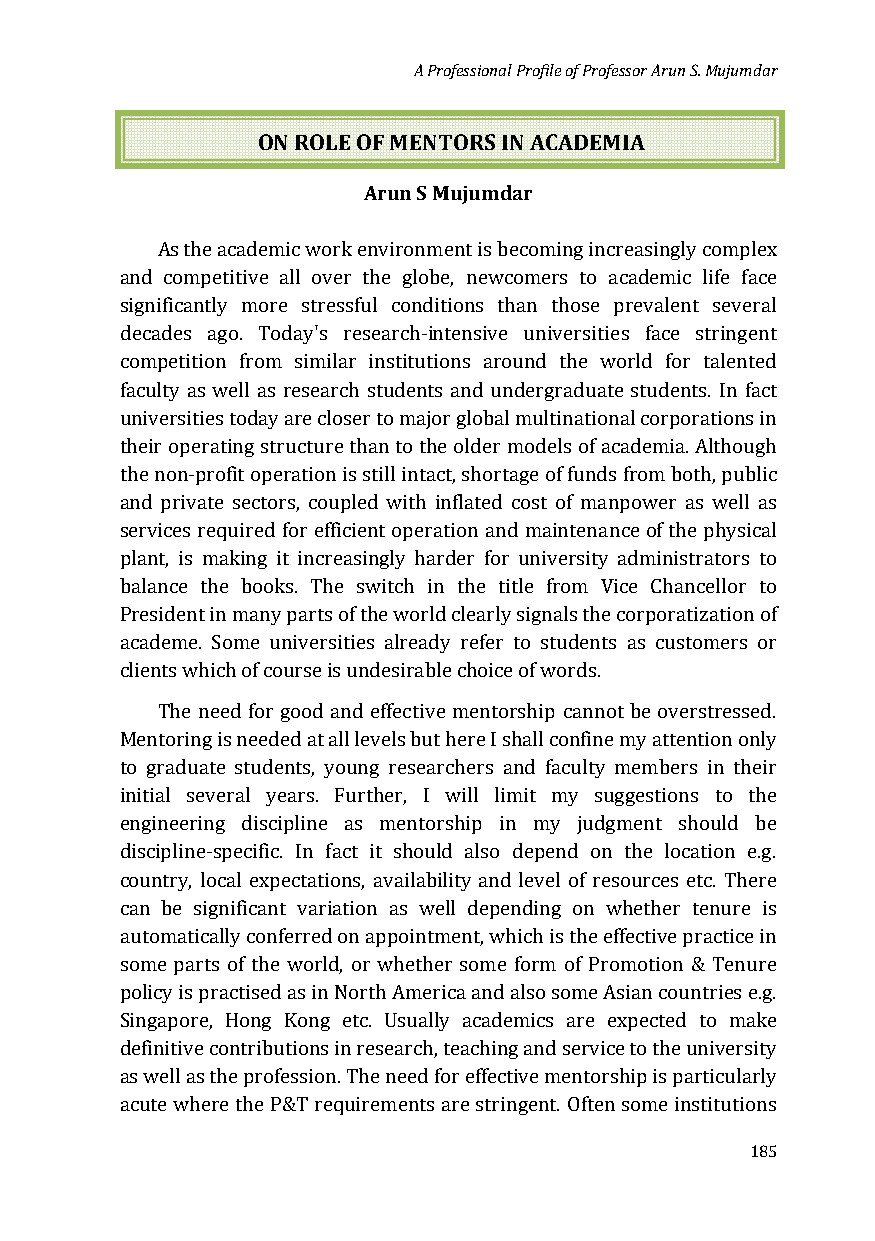
A Professional Profile of Professor Arun S. Mujumdar
 ON ROLE OF MENTORS IN ACADEMIA
 Arun S Mujumdar
 As the academic work environment is becoming increasingly complex
 and competitive all over the globe, newcomers to academic life face
 significantly more stressful conditions than those prevalent several
 decades ago. Today's research-intensive universities face stringent
 competition from similar institutions around the world for talented
 faculty as well as research students and undergraduate students. In fact
 universities today are closer to major global multinational corporations in
 their operating structure than to the older models of academia. Although
 the non-profit operation is still intact, shortage of funds from both, public
 and private sectors, coupled with inflated cost of manpower as well as
 services required for efficient operation and maintenance of the physical
 plant, is making it increasingly harder for university administrators to
 balance the books. The switch in the title from Vice Chancellor to
 President in many parts of the world clearly signals the corporatization of
 academe. Some universities already refer to students as customers or
 clients which of course is undesirable choice of words.
 The need for good and effective mentorship cannot be overstressed.
 Mentoring is needed at all levels but here I shall confine my attention only
 to graduate students, young researchers and faculty members in their
 initial several years. Further, I will limit my suggestions to the
 engineering discipline as mentorship in my judgment should be
 discipline-specific. In fact it should also depend on the location e.g.
 country, local expectations, availability and level of resources etc. There
 can be significant variation as well depending on whether tenure is
 automatically conferred on appointment, which is the effective practice in
 some parts of the world, or whether some form of Promotion & Tenure
 policy is practised as in North America and also some Asian countries e.g.
 Singapore, Hong Kong etc. Usually academics are expected to make
 definitive contributions in research, teaching and service to the university
 as well as the profession. The need for effective mentorship is particularly
 acute where the P&T requirements are stringent. Often some institutions
 185